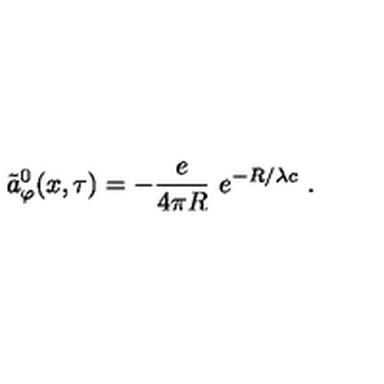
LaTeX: \tilde { a } _ { \varphi } ^ { 0 } ( x , \tau ) = - \frac { e } { 4 \pi R } \ e ^ { - R / \lambda c } \ .